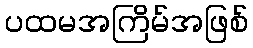
ပထမအကြိမ်အဖြစ်